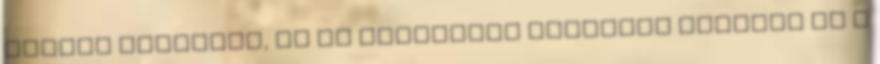
egyéni megoldás, és az efféléket igencsak díjazza is a